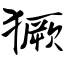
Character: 獗